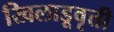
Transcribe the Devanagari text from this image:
खिलाडूवृत्ती